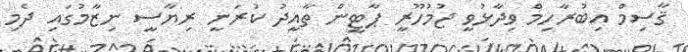
ޤާސިމް އިބުރާހިމް ވިދާޅުވީ ޖުމުހޫރީ ޕާޓީން ތާއީދު ކުރަނީ ރިޔާސީ ނިޒާމުގައި ދެމި